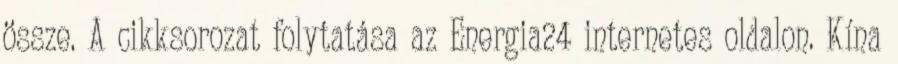
össze. A cikksorozat folytatása az Energia24 internetes oldalon. Kína